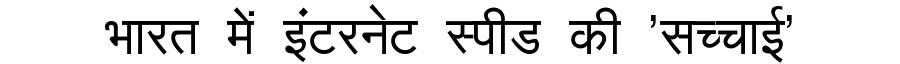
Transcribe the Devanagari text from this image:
भारत में इंटरनेट स्पीड की 'सच्चाई'